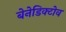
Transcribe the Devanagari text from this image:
बेनेडिक्टोव